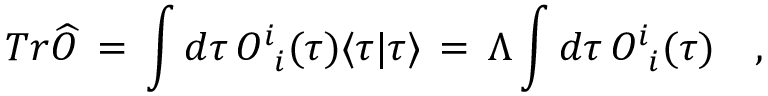
T r \widehat { O } \, = \, \int d \tau \, O _ { \phantom { i } i } ^ { i } ( \tau ) \langle \tau | \tau \rangle \, = \, \Lambda \int d \tau \, O _ { \phantom { i } i } ^ { i } ( \tau ) \quad ,